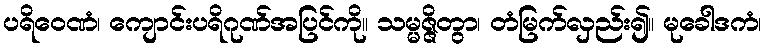
ပရိဝေဏံ၊ ကျောင်းပရိဂုဏ်အပြင်ကို။ သမ္မဇ္ဇိတွာ၊ တံမြက်လှည်း၍။ မုခေါဒကံ၊